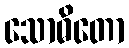
သောဓိတော